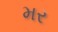
મર